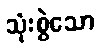
သုံးစွဲသော